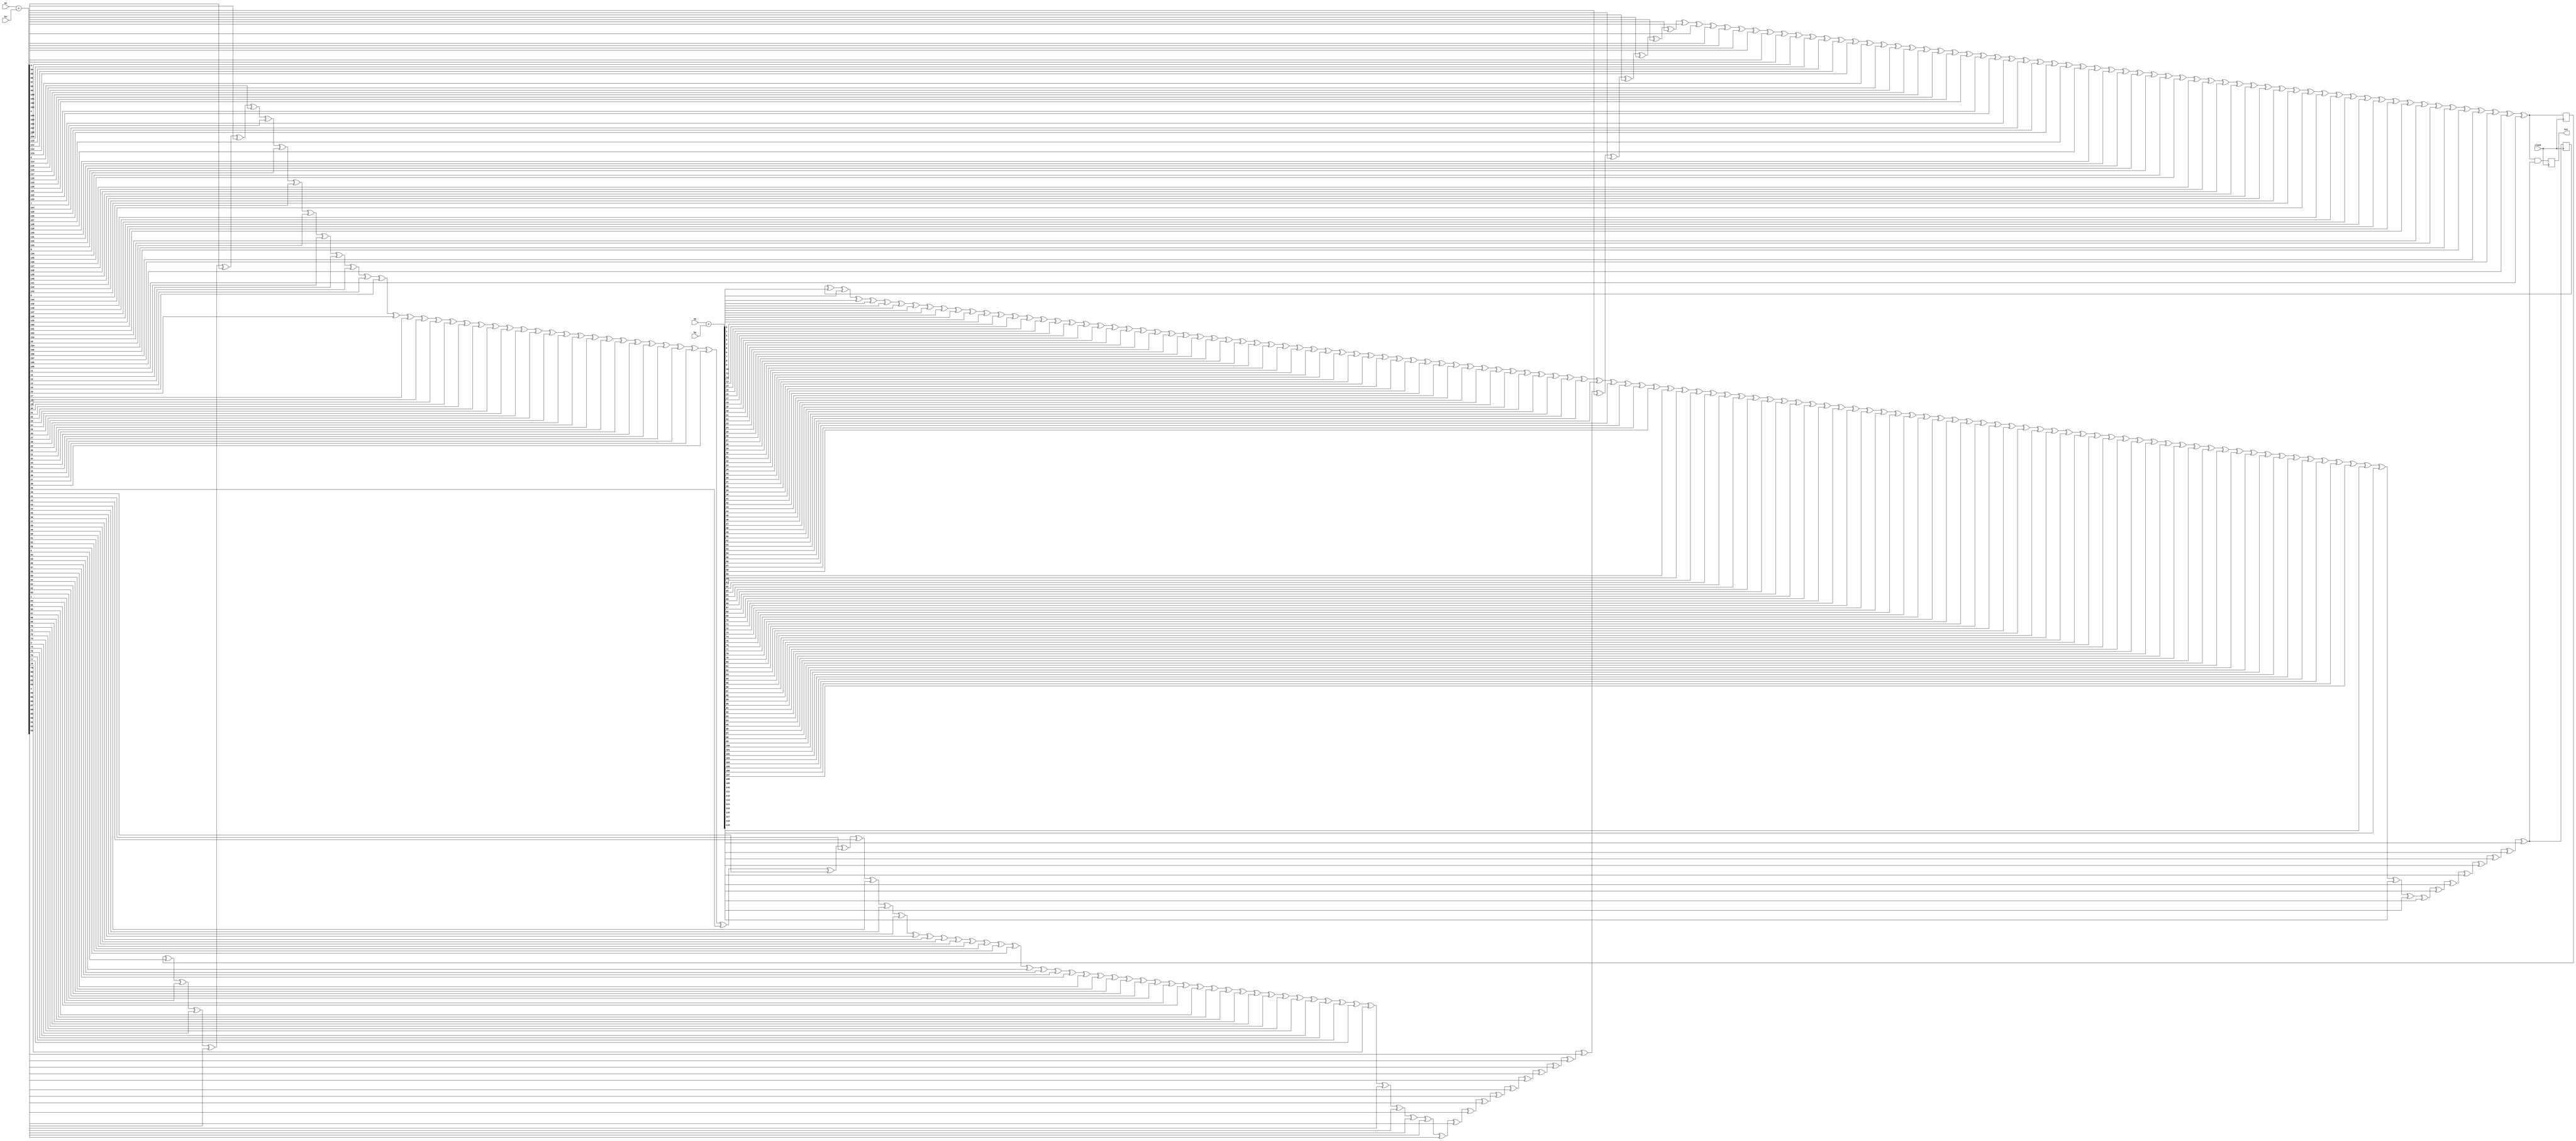
module bullet_hit_checker(hit, ax, ay, bx, by, clock);
	output reg hit;
	input [159:0] ax, bx;
	input [119:0] ay, by;
	input clock;
	reg [159:0] sumx;
	reg [119:0] sumy;
	integer x;
	integer y;
	reg hitx, hity;
	always @(posedge clock) begin
		sumx[159:0] = ax[159:0] + bx[159:0];
		sumy[119:0] = ay[119:0] + by[119:0];
		for (x=0; x<160; x=x+1)
			 hitx = hitx ^ sumx[x];
		for (y=0; y<120; y=y+1)
			 hity = hity ^ sumy[y];
		hit = hitx && hity;
	end
endmodule